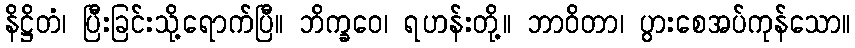
နိဋ္ဌိတံ၊ ပြီးခြင်းသို့ရောက်ပြီ။ ဘိက္ခဝေ၊ ရဟန်းတို့။ ဘာဝိတာ၊ ပွားစေအပ်ကုန်သော။